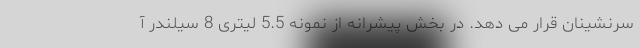
سرنشینان قرار می دهد. در بخش پیشرانه از نمونه 5.5 لیتری 8 سیلندر آ